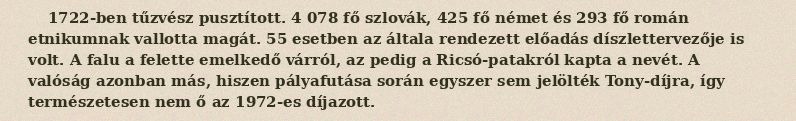
1722-ben tűzvész pusztított. 4 078 fő szlovák, 425 fő német és 293 fő román etnikumnak vallotta magát. 55 esetben az általa rendezett előadás díszlettervezője is volt. A falu a felette emelkedő várról, az pedig a Ricsó-patakról kapta a nevét. A valóság azonban más, hiszen pályafutása során egyszer sem jelölték Tony-díjra, így természetesen nem ő az 1972-es díjazott.